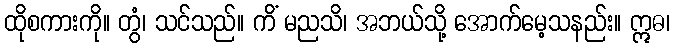
ထိုစကားကို။ တွံ၊ သင်သည်။ ကိံ မညသိ၊ အဘယ်သို့ အောက်မေ့သနည်း။ ဣဓ၊